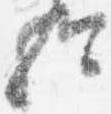
歟